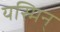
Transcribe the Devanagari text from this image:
यस्मिन्‌